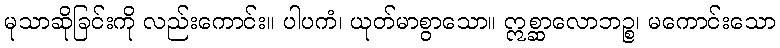
မုသာဆိုခြင်းကို လည်းကောင်း။ ပါပကံ၊ ယုတ်မာစွာသော။ ဣစ္ဆာလောဘဉ္စ၊ မကောင်းသော